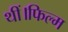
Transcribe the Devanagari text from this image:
थीं।फिल्म